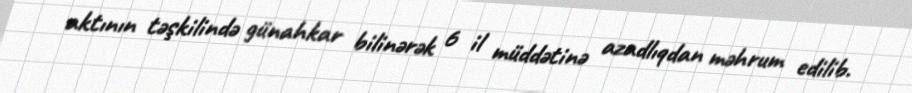
aktının təşkilində günahkar bilinərək 6 il müddətinə azadlıqdan məhrum edilib.